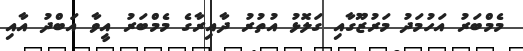
މެމްބަރު އަހުމަދު މަރުޒޫގާއި ގަލޮޅު އުތުރު ދާއިރާގެ މެމްބަރު އީވާ އަބްދު އާއި